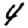
Digit: 4